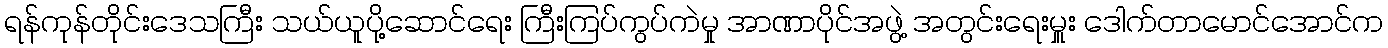
ရန်ကုန်တိုင်းဒေသကြီး သယ်ယူပို့ဆောင်ရေး ကြီးကြပ်ကွပ်ကဲမှု အာဏာပိုင်အဖွဲ့ အတွင်းရေးမှူး ဒေါက်တာမောင်အောင်က